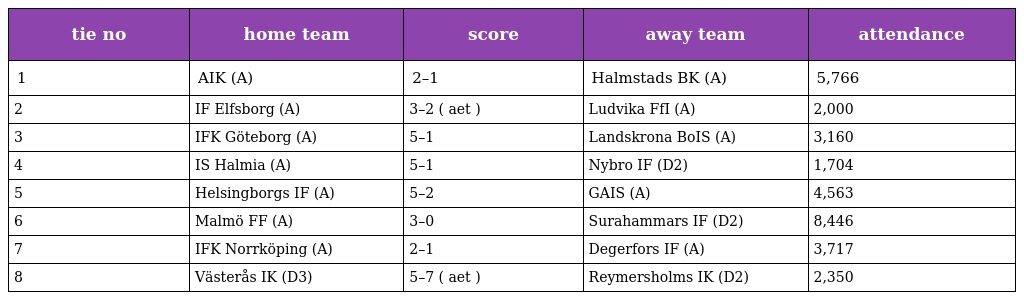
| tie no | home team | score | away team | attendance |
 | --- | --- | --- | --- | --- |
 | 1 | AIK (A) | 2–1 | Halmstads BK (A) | 5,766 |
 | 2 | IF Elfsborg (A) | 3–2 ( aet ) | Ludvika FfI (A) | 2,000 |
 | 3 | IFK Göteborg (A) | 5–1 | Landskrona BoIS (A) | 3,160 |
 | 4 | IS Halmia (A) | 5–1 | Nybro IF (D2) | 1,704 |
 | 5 | Helsingborgs IF (A) | 5–2 | GAIS (A) | 4,563 |
 | 6 | Malmö FF (A) | 3–0 | Surahammars IF (D2) | 8,446 |
 | 7 | IFK Norrköping (A) | 2–1 | Degerfors IF (A) | 3,717 |
 | 8 | Västerås IK (D3) | 5–7 ( aet ) | Reymersholms IK (D2) | 2,350 |